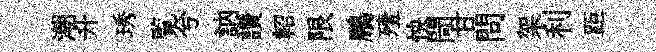
潮升琇覧兮訥讃軺限鵬殪怏閜甘問架利距